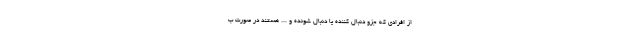
از افرادی که جزو دنبال کننده یا دنبال شونده و ... هستند در صورت ب